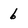
Character: 6